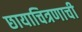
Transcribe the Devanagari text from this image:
छायाचित्रणाची